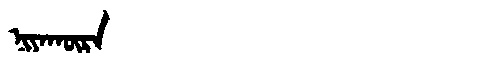
Manchu: ᠨᡳᠶᠠᡴᡡᡵᠠ
Romanization: NIYAKŪRA